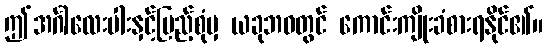
ဤအင်္ဂါလေးပါးနှင့်ပြည့်စုံမှ ယခုဘဝတွင် ကောင်းကျိုးခံစားရနိုင်၏။